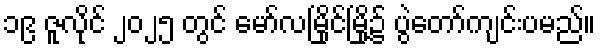
၁၉ ဇူလိုင် ၂၀၂၅ တွင် မော်လမြိုင်မြို့၌ ပွဲတော်ကျင်းပမည်။